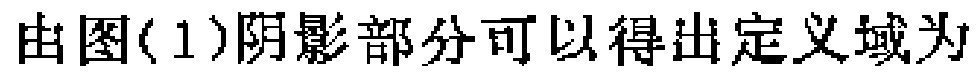
由图(1)阴影部分可以得出定义域为